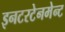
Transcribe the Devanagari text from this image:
इनटरटेनमेन्ट